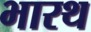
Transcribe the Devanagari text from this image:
भारथ